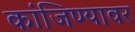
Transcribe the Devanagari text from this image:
कांजिण्यावर